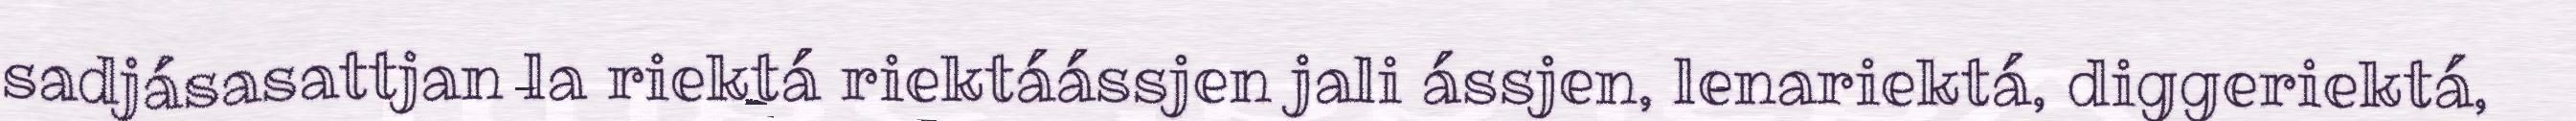
sadjásasattjan la riektá riektáássjen jali ássjen, lenariektá, diggeriektá,